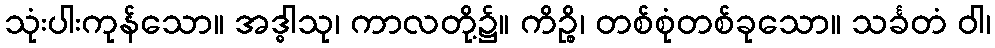
သုံးပါးကုန်သော။ အဒ္ဓါသု၊ ကာလတို့၌။ ကိဉ္စိ၊ တစ်စုံတစ်ခုသော။ သင်္ခတံ ဝါ၊